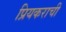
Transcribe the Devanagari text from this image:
प्रियकराची